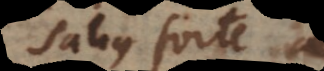
Satius forte si